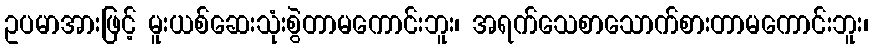
ဥပမာအားဖြင့် မူးယစ်ဆေးသုံးစွဲတာမကောင်းဘူး၊ အရက်သေစာသောက်စားတာမကောင်းဘူး၊